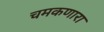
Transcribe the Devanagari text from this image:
चमकणारा